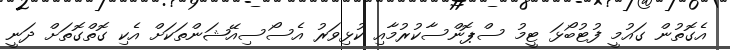
އެގޮތުން ގައުމީ ފުޓުބޯޅަ ޓީމު ސްޕޮންސާކުރުމާއި ކުޅިވަރު އެސޯސިއޭޝަންތަަކަށް އެކި ގޮތްގޮތަށް ދަނީ